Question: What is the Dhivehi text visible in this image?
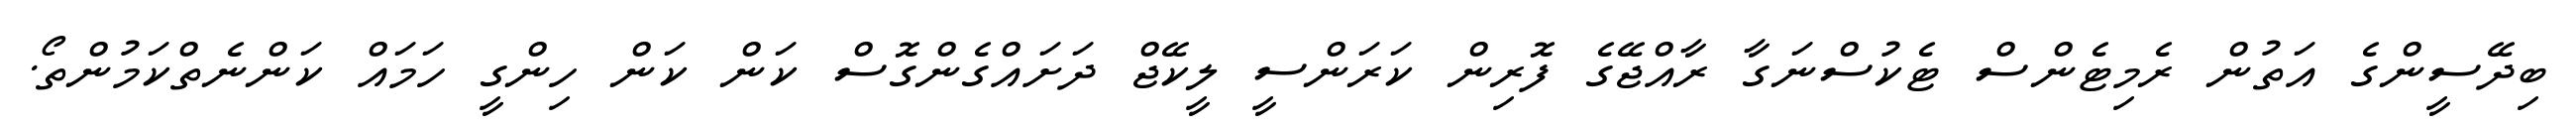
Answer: ބިދޭސީންގެ އަތުން ރެމިޓެންސް ޓެކުސްނަގާ ރާއްޖޭގެ ފޮރިން ކަރަންސީ ލީކޭޖް ދަށައްގެންގޮސް ކަން ކަން ހިންގީ ހަމައް ކަންނެތްކަމުންތޯ.